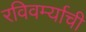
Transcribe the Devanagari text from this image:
रविवर्म्याची